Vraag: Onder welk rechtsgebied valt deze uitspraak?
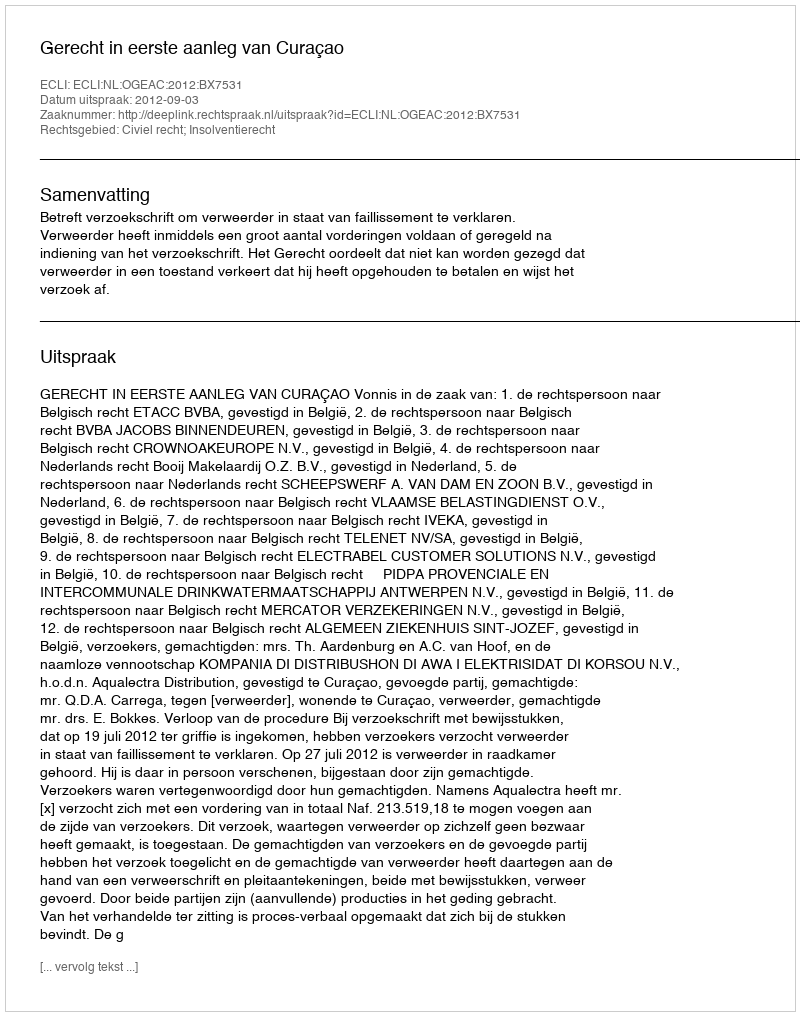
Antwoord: Civiel recht; Insolventierecht